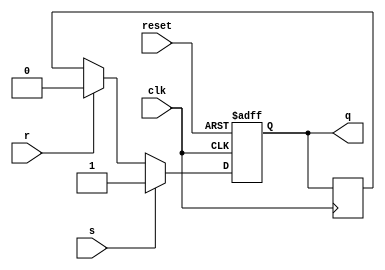
module sr_flip_flop (
    input reset, // asynchronous reset
    input s, // set input
    input r, // reset input
    input clk, // clock input
    output reg q // output
);

reg q_next;

always @(posedge clk or posedge reset) begin
    if (reset) begin
        q <= 1'b0; // initialize to 0 on reset
    end else if (s) begin
        q <= 1'b1; // set the flip-flop to 1 if 's' is high
    end else if (r) begin
        q <= 1'b0; // reset the flip-flop to 0 if 'r' is high
    end else begin
        q <= q_next; // latch the output of the master stage
    end
end

always @(posedge clk) begin
    q_next <= q; // transfer the output of the master stage to the slave stage on the rising edge of the clock
end

endmodule